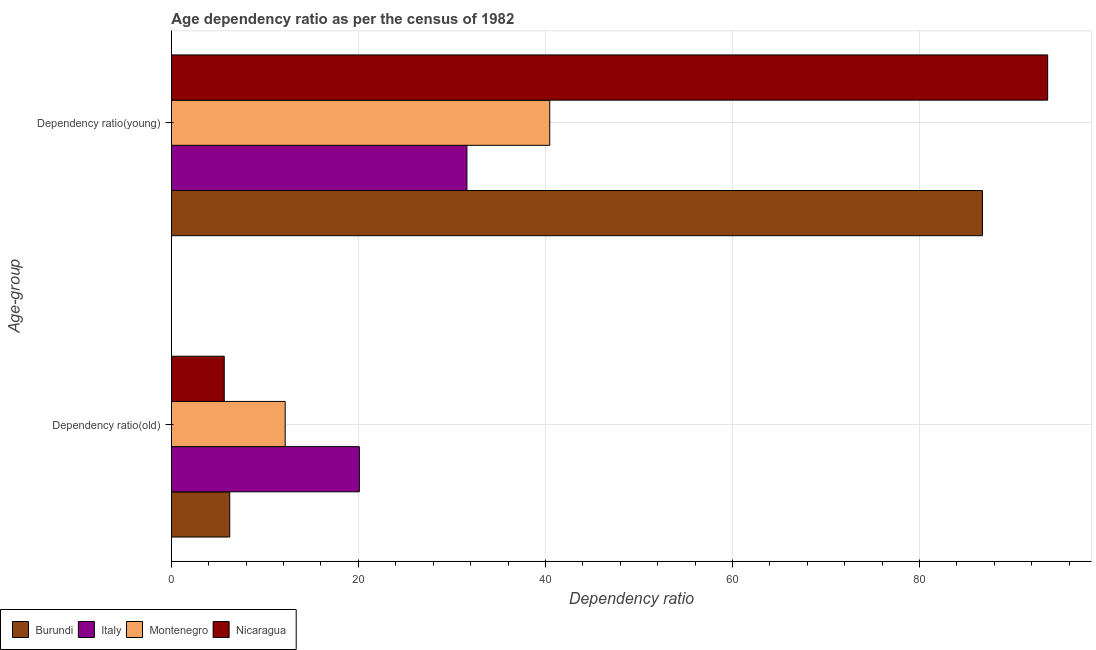
| Age-group | Burundi | Italy | Montenegro | Nicaragua |
 | --- | --- | --- | --- | --- |
 | Dependency ratio(old) | 6.24 | 20.1 | 12.2 | 5.65 |
 | Dependency ratio(young) | 86.7 | 31.6 | 40.5 | 93.7 |